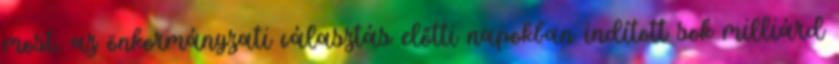
most, az önkormányzati választás előtti napokban indított sok milliárd